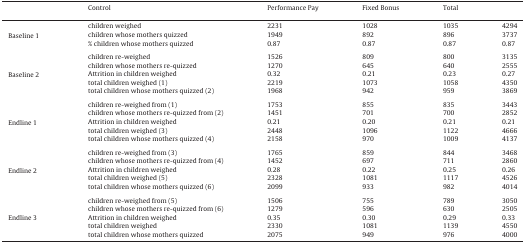
<table><thead><tr><td colspan="2"></td><td><b>Control</b></td><td><b>Performance Pay</b></td><td><b>Fixed Bonus</b></td><td><b>Total</b></td></tr></thead><tbody><tr><td rowspan="3">Baseline 1</td><td>children weighed</td><td>2231</td><td>1028</td><td>1035</td><td>4294</td></tr><tr><td>children whose mothers quizzed</td><td>1949</td><td>892</td><td>896</td><td>3737</td></tr><tr><td>% children whose mothers quizzed</td><td>0.87</td><td>0.87</td><td>0.87</td><td>0.87</td></tr><tr><td colspan="6">  </td></tr><tr><td rowspan="5">Baseline 2</td><td>children re-weighed</td><td>1526</td><td>809</td><td>800</td><td>3135</td></tr><tr><td>children whose mothers re-quizzed</td><td>1270</td><td>645</td><td>640</td><td>2555</td></tr><tr><td>Attrition in children weighed</td><td>0.32</td><td>0.21</td><td>0.23</td><td>0.27</td></tr><tr><td>total children weighed (1)</td><td>2219</td><td>1073</td><td>1058</td><td>4350</td></tr><tr><td>total children whose mothers quizzed (2)</td><td>1968</td><td>942</td><td>959</td><td>3869</td></tr><tr><td colspan="6">  </td></tr><tr><td rowspan="5">Endline 1</td><td>children re-weighed from (1)</td><td>1753</td><td>855</td><td>835</td><td>3443</td></tr><tr><td>children whose mothers re-quizzed from (2)</td><td>1451</td><td>701</td><td>700</td><td>2852</td></tr><tr><td>Attrition in children weighed</td><td>0.21</td><td>0.20</td><td>0.21</td><td>0.21</td></tr><tr><td>total children weighed (3)</td><td>2448</td><td>1096</td><td>1122</td><td>4666</td></tr><tr><td>total children whose mothers quizzed (4)</td><td>2158</td><td>970</td><td>1009</td><td>4137</td></tr><tr><td colspan="6">  </td></tr><tr><td rowspan="5">Endline 2</td><td>children re-weighed from (3)</td><td>1765</td><td>859</td><td>844</td><td>3468</td></tr><tr><td>children whose mothers re-quizzed from (4)</td><td>1452</td><td>697</td><td>711</td><td>2860</td></tr><tr><td>Attrition in children weighed</td><td>0.28</td><td>0.22</td><td>0.25</td><td>0.26</td></tr><tr><td>total children weighed (5)</td><td>2328</td><td>1081</td><td>1117</td><td>4526</td></tr><tr><td>total children whose mothers quizzed (6)</td><td>2099</td><td>933</td><td>982</td><td>4014</td></tr><tr><td colspan="6">  </td></tr><tr><td rowspan="5">Endline 3</td><td>children re-weighed from (5)</td><td>1506</td><td>755</td><td>789</td><td>3050</td></tr><tr><td>children whose mothers re-quizzed from (6)</td><td>1279</td><td>596</td><td>630</td><td>2505</td></tr><tr><td>Attrition in children weighed</td><td>0.35</td><td>0.30</td><td>0.29</td><td>0.33</td></tr><tr><td>total children weighed</td><td>2330</td><td>1081</td><td>1139</td><td>4550</td></tr><tr><td>total children whose mothers quizzed</td><td>2075</td><td>949</td><td>976</td><td>4000</td></tr></tbody></table>